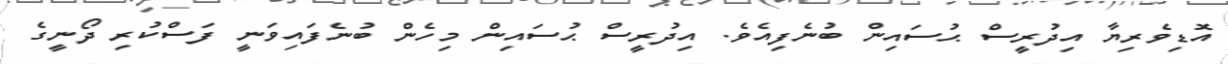
އޮޑިވެރިޔާ އިދުރީސް ޙުސައިން ބުނެފިއެވެ. އިދުރީސް ޙުސައިން މިހެން ބުނެފައިވަނީ ފަސްކުރި ދޯނީގެ